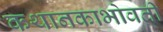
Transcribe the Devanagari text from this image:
कथानकाभोवती